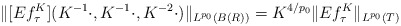
\begin{align*}\| [Ef_\tau^K](K^{-1}\cdot,K^{-1}\cdot, K^{-2}\cdot) \|_{L^{p_0}(B(R))} = K^{4/p_0}\| Ef_\tau^K \|_{L^{p_0}(T)} \end{align*}